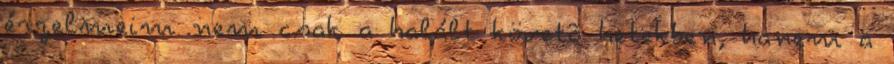
érzelmeim nem csak a halált követõ hetekben, hanem a